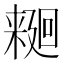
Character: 𱤑